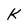
Character: k